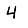
Digit: 4